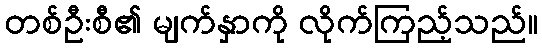
တစ်ဦးစီ၏ မျက်နှာကို လိုက်ကြည့်သည်။